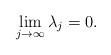
LaTeX: \begin{align*}\lim_{j\to\infty}\lambda_j=0.\end{align*}